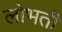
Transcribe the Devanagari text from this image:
लोभती